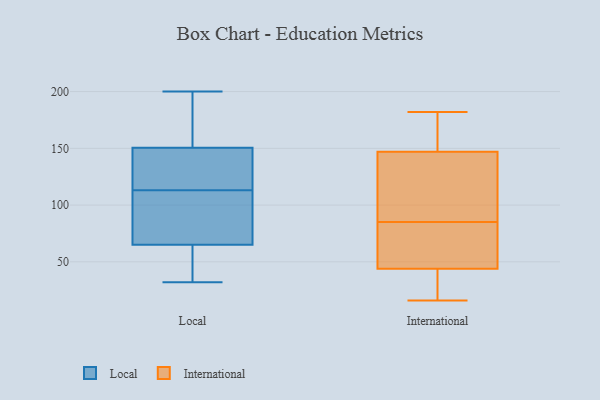
{"axis": {"x": "Humidity (%)", "y": "Value"}, "legend": ["International", "Local"], "data": [{"x": "", "y": 135, "type": "Local"}, {"x": "", "y": 163, "type": "Local"}, {"x": "", "y": 47, "type": "Local"}, {"x": "", "y": 129, "type": "Local"}, {"x": "", "y": 184, "type": "Local"}, {"x": "", "y": 151, "type": "Local"}, {"x": "", "y": 152, "type": "Local"}, {"x": "", "y": 70, "type": "Local"}, {"x": "", "y": 64, "type": "Local"}, {"x": "", "y": 32, "type": "Local"}, {"x": "", "y": 46, "type": "Local"}, {"x": "", "y": 62, "type": "Local"}, {"x": "", "y": 200, "type": "Local"}, {"x": "", "y": 113, "type": "Local"}, {"x": "", "y": 89, "type": "Local"}, {"x": "", "y": 87, "type": "Local"}, {"x": "", "y": 149, "type": "Local"}, {"x": "", "y": 142, "type": "Local"}, {"x": "", "y": 68, "type": "Local"}, {"x": "", "y": 16, "type": "International"}, {"x": "", "y": 166, "type": "International"}, {"x": "", "y": 98, "type": "International"}, {"x": "", "y": 147, "type": "International"}, {"x": "", "y": 38, "type": "International"}, {"x": "", "y": 174, "type": "International"}, {"x": "", "y": 182, "type": "International"}, {"x": "", "y": 49, "type": "International"}, {"x": "", "y": 122, "type": "International"}, {"x": "", "y": 119, "type": "International"}, {"x": "", "y": 72, "type": "International"}, {"x": "", "y": 44, "type": "International"}, {"x": "", "y": 26, "type": "International"}, {"x": "", "y": 62, "type": "International"}]}